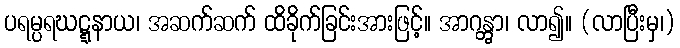
ပရမ္ပရဃဋ္ဋနာယ၊ အဆက်ဆက် ထိခိုက်ခြင်းအားဖြင့်။ အာဂန္တွာ၊ လာ၍။ (လာပြီးမှ၊)